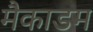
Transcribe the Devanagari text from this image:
मैकाडम